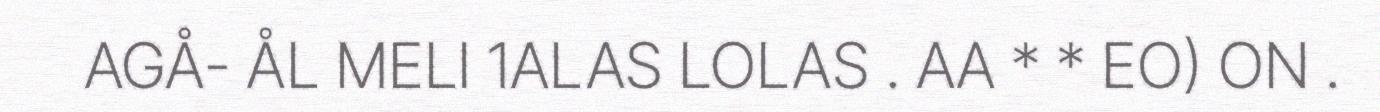
AGÅ- ÅL MELI 1ALAS LOLAS . AA * * EO) ON .